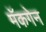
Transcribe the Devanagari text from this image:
मॅकगेन